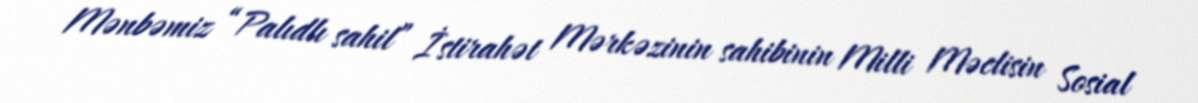
Mənbəmiz “Palıdlı sahil” İstirahət Mərkəzinin sahibinin Milli Məclisin Sosial